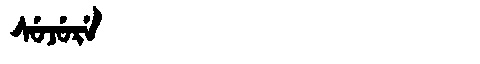
Manchu: ᠰᡠᠵᡠᡵᡝ
Romanization: SUJURE